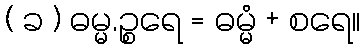
( ခ ) ဓမ္မ.ဉ္စရေ = ဓမ္မံ + စရေ။